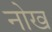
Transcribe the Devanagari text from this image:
नोख